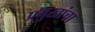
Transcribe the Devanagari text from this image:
प्रमुखांचा